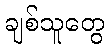
ချစ်သူတွေ